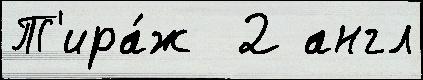
Т'ира́ж  2 англ